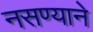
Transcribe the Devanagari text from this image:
नसण्याने